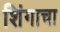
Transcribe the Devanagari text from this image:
शिंगाचा